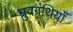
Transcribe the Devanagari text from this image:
ध्रुवग्रंथियाँ